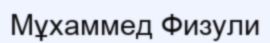
Мұхаммед Физули